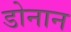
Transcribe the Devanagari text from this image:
डोनान